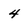
Character: 4